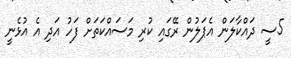
5ސީ ދައްކާލަން އެޕަލުން ރޭގައި ކުރި މަސައްކަތަށް ފަހު އަދި އެ އުޅެނީ